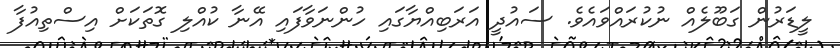
ލީޑަރުން ގަބޫލެއް ނުކުރައްވައެވެ. ސައުދީ އަރަބިއްޔާގައި ހުންނަވާފައި އޭނާ ކުއްލި ގޮތަކަށް އިސްތިއުފާ